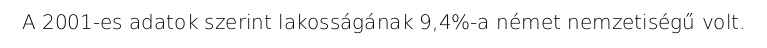
A 2001-es adatok szerint lakosságának 9,4%-a német nemzetiségű volt.